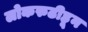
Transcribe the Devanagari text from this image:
लोकरुढीहून